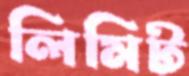
লিমিট